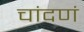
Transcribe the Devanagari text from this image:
चांदणं